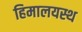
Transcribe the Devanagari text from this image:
हिमालयस्थ